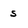
Character: 5